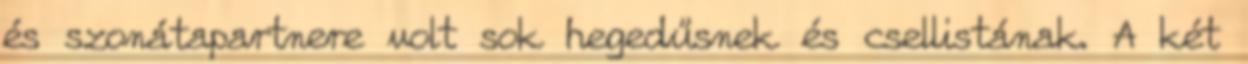
és szonátapartnere volt sok hegedűsnek és csellistának. A két